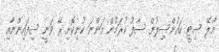
މާލޭ ސިޓީ ކައުންސިލުން ސާފު ކުރަމުން އަންނަ ކުނިކޮށި ރޭ ވަނީ ސިފައިންނާއި